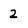
Character: 2